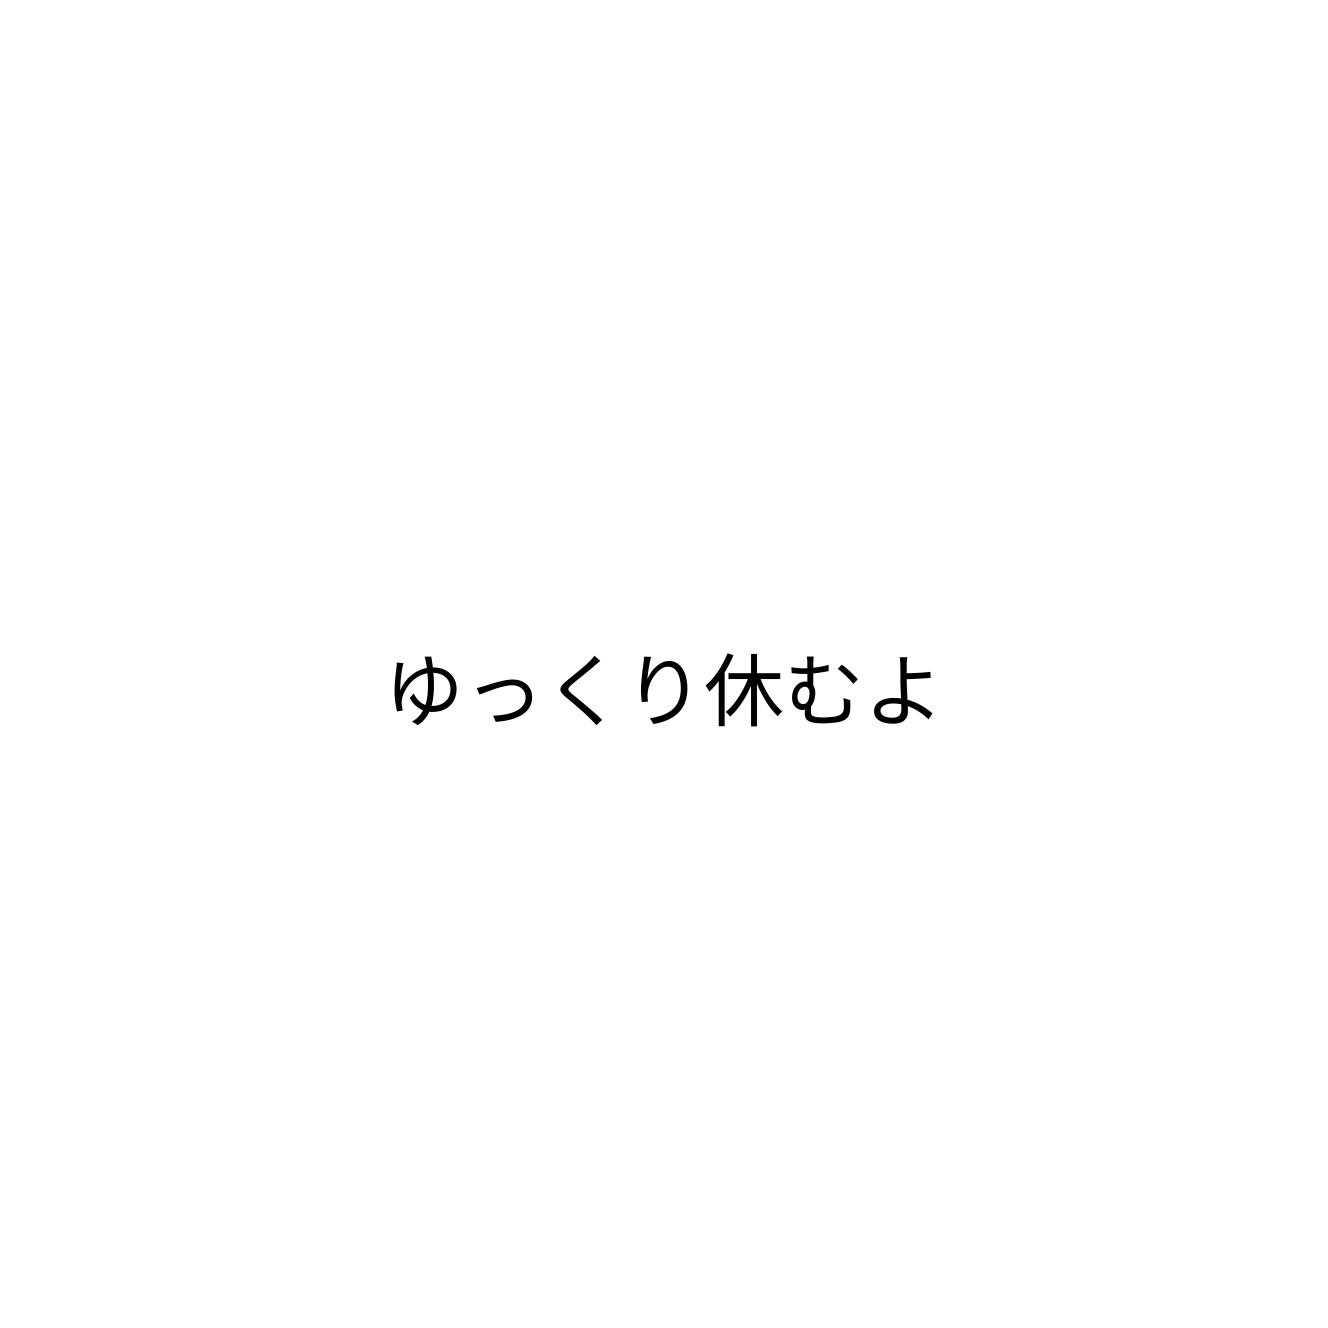
ゆっくり休むよ